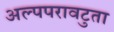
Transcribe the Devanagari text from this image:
अल्पपरावटुता